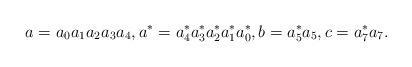
LaTeX: \begin{align*}a=a_0a_1a_2a_3a_4,a^*=a_4^*a_3^*a_2^*a_1^*a_0^*, b=a_5^*a_5, c=a_7^*a_7.\end{align*}